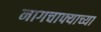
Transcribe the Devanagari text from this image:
नागचाफ्याच्या